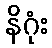
နိဂုံး